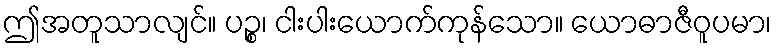
ဤအတူသာလျင်။ ပဉ္စ၊ ငါးပါးယောက်ကုန်သော။ ယောဓာဇီဝူပမာ၊